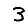
Digit: 3